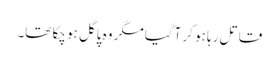
قاتل رہا ہو کر آگیا مگر وہ پاگل ہو چکا تھا۔